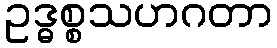
ဥဒ္ဓစ္စသဟဂတာ